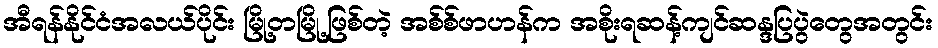
အီရန်နိုင်ငံအလယ်ပိုင်း မြို့တမြို့ဖြစ်တဲ့ အစ်စ်ဖာဟန်က အစိုးရဆန့်ကျင်ဆန္ဒပြပွဲတွေအတွင်း